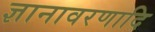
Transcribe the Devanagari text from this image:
ज्ञानावरणादि